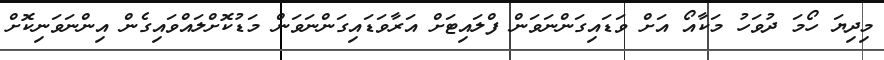
މިދިޔަ ހޯމަ ދުވަހު މަކާއޯ އަށް ވަޑައިގަންނަވަން ފްލައިޓަށް އަރާވަޑައިގަންނަވަން މަޑުކޮށްލައްވައިގެން އިންނަވަނިކޮށް